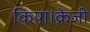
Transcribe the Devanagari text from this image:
किया।क्रेजी